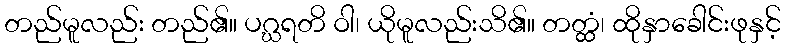
တည်မူလည်း တည်၏။ ပဂ္ဃရတိ ဝါ၊ ယိုမူလည်းသိ၏။ တတ္ထံ၊ ထိုနှာခေါင်းဖုနှင့်